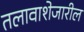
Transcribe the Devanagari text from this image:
तलावाशेजारील